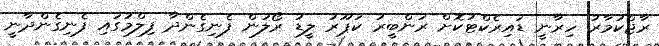
ރާޖްކުމާރު ހިރާނީ ޑައިރެކްޓުކޮށް ރަންބީރު ކަޕޫރު ލީޑު ރޯލުން ފެނިގެންދާ ފިލްމުގައި ފެނިގެންދާނީ